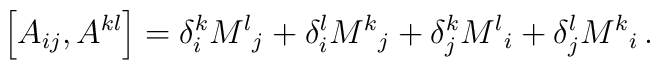
\left[ A_{ij} , A^{kl} \right] = \delta_i^k {M^l}_j + \delta_i^l {M^k}_j     + \delta_j^k {M^l}_i + \delta_j^l {M^k}_i \,.